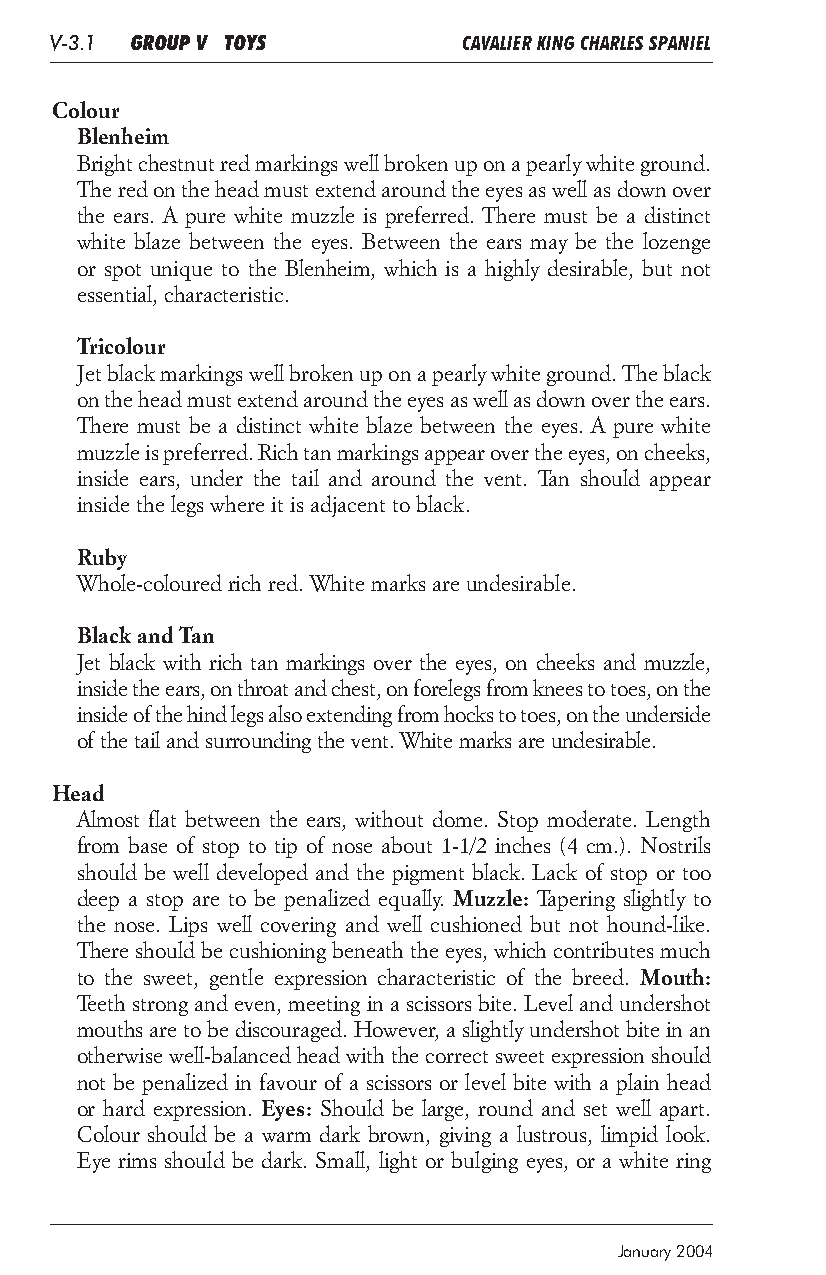
V-3.1 GROUP V TOYS          CAVALIER KING CHARLES SPANIEL
 Colour
 Blenheim
 Bright chestnut red markings well broken up on a pearly white ground.
 The red on the head must extend around the eyes as well as down over
 the ears. A pure white muzzle is preferred. There must be a distinct
 white blaze between the eyes. Between the ears may be the lozenge
 or spot unique to the Blenheim, which is a highly desirable, but not
 essential, characteristic.
 Tricolour
 Jet black markings well broken up on a pearly white ground. The black
 on the head must extend around the eyes as well as down over the ears.
 There must be a distinct white blaze between the eyes. A pure white
 muzzle is preferred. Rich tan markings appear over the eyes, on cheeks,
 inside ears, under the tail and around the vent. Tan should appear
 inside the legs where it is adjacent to black.
 Ruby
 Whole-coloured rich red. White marks are undesirable.
 Black and Tan
 Jet black with rich tan markings over the eyes, on cheeks and muzzle,
 inside the ears, on throat and chest, on forelegs from knees to toes, on the
 inside of the hind legs also extending from hocks to toes, on the underside
 of the tail and surrounding the vent. White marks are undesirable.
 Head
 Almost flat between the ears, without dome. Stop moderate. Length
 from base of stop to tip of nose about 1-1/2 inches (4 cm.). Nostrils
 should be well developed and the pigment black. Lack of stop or too
 deep a stop are to be penalized equally. Muzzle: Tapering slightly to
 the nose. Lips well covering and well cushioned but not hound-like.
 There should be cushioning beneath the eyes, which contributes much
 to the sweet, gentle expression characteristic of the breed. Mouth:
 Teeth strong and even, meeting in a scissors bite. Level and undershot
 mouths are to be discouraged. However, a slightly undershot bite in an
 otherwise well-balanced head with the correct sweet expression should
 not be penalized in favour of a scissors or level bite with a plain head
 or hard expression. Eyes: Should be large, round and set well apart.
 Colour should be a warm dark brown, giving a lustrous, limpid look.
 Eye rims should be dark. Small, light or bulging eyes, or a white ring
 January 2004